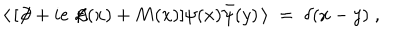
LaTeX: \langle \, [ \not \! \partial + i e \not \! \! A ( x ) + M ( x ) ] \psi ( x ) { \bar { \psi } } ( y ) \, \rangle \; = \; \delta ( x - y ) \; ,